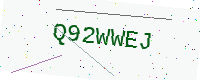
Text: Q92WWEJ